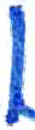
אות: ן